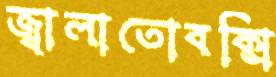
জ্বালাতোবক্সি